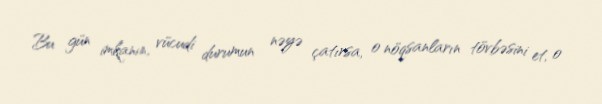
Bu gün imkanın, vücudi durumun nəyə çatırsa, o nöqsanların tövbəsini et, o